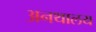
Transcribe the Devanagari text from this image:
अनथालय